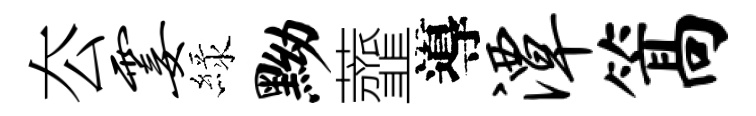
厺霎緑黝虀導潭篙